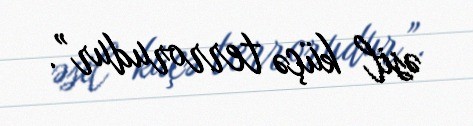
əsil küçə terrorudur”.